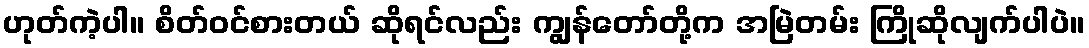
ဟုတ်ကဲ့ပါ။ စိတ်ဝင်စားတယ် ဆိုရင်လည်း ကျွန်တော်တို့က အမြဲတမ်း ကြိုဆိုလျက်ပါပဲ။